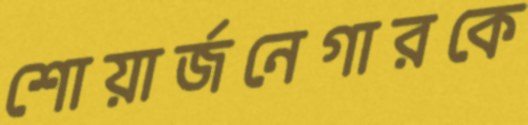
শোয়ার্জনেগারকে